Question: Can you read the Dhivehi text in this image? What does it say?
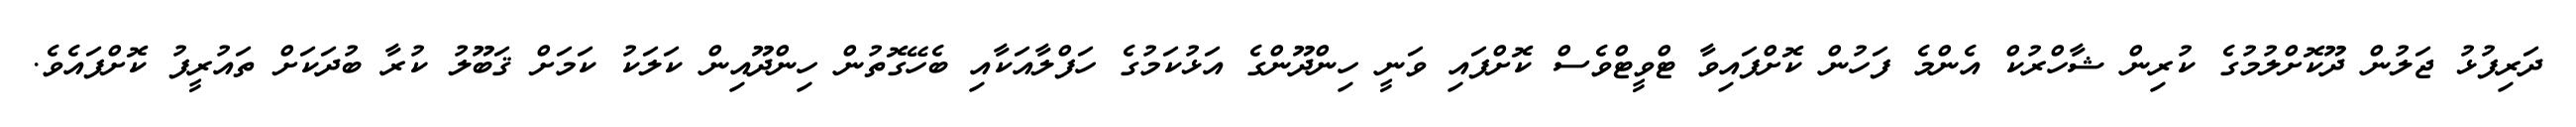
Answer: ދަރިފުޅު ޖަލުން ދޫކޮށްލުމުގެ ކުރިން ޝާހްރުކް އެންމެ ފަހުން ކޮށްފައިވާ ޓްވީޓްވެސް ކޮށްފައި ވަނީ ހިންދޫންގެ އަޅުކަމުގެ ހަފްލާއަކާއި ބެހޭގޮތުން ހިންދޫއިން ކަލަކު ކަމަށް ޤަބޫލު ކުރާ ބުދަކަށް ތައުރީފު ކޮށްފައެވެ.